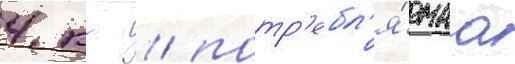
4 кг / потр'ебл'я́емаа